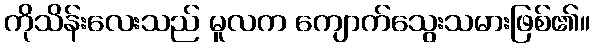
ကိုသိန်းလေးသည် မူလက ကျောက်သွေးသမားဖြစ်၏။